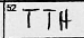
Transcription: TTH